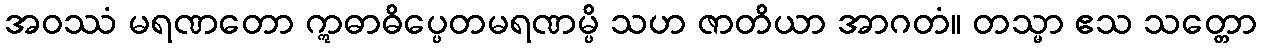
အဝဿံ မရဏတော ဣဓာဓိပ္ပေတမရဏမ္ပိ သဟ ဇာတိယာ အာဂတံ။ တသ္မာ ဧသ သတ္တော